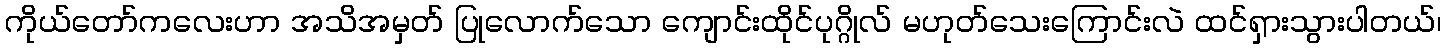
ကိုယ်တော်ကလေးဟာ အသိအမှတ် ပြုလောက်သော ကျောင်းထိုင်ပုဂ္ဂိုလ် မဟုတ်သေးကြောင်းလဲ ထင်ရှားသွားပါတယ်၊